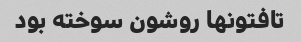
تافتونها روشون سوخته بود